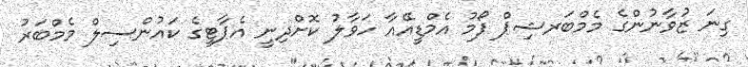
ގިނަ ޒުވާނުންގެ މެމްބަރޝިޕް ފޯމު އެމްޑީއޭއާ ހަވާލު ކޮށްދިނީ އެޕާޓީގެ ކައުންސިލް މެމްބަރު